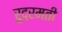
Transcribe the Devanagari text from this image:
रुद्रमती